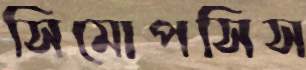
সিমোপসিস